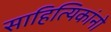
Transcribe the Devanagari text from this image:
साहित्यिकांनो